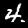
Label: 4